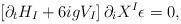
\begin{align*}\left[\partial_tH_I+6igV_I\right]\partial_iX^I\epsilon=0,\end{align*}